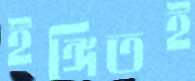
ইঙ্গিতই